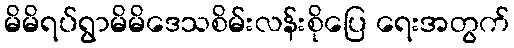
မိမိရပ်ရွာမိမိဒေသစိမ်းလန်းစိုပြေ ရေးအတွက်